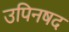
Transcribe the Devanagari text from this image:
उपिनषद